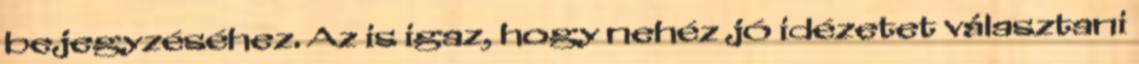
bejegyzéséhez. Az is igaz, hogy nehéz jó idézetet választani